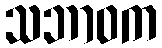
သဘာဝက